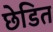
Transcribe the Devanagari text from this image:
छेडित